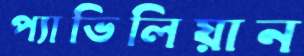
প্যাভিলিয়ান